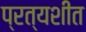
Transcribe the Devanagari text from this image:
प्रत्यशीत